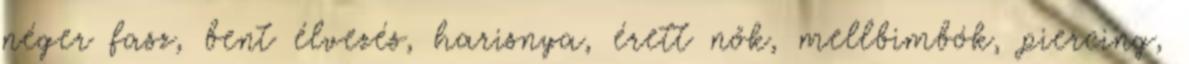
néger fasz, bent élvezés, harisnya, érett nők, mellbimbók, piercing,